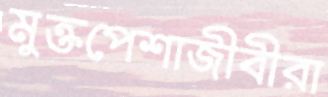
মুক্তপেশাজীবীরা